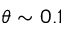
\theta \sim 0 . 1